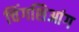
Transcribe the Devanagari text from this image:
चिंगशिआंग